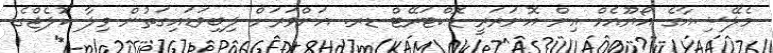
މެލޭޝިއާގެ އޯޔޫއެމް އިން އޮނަރަރީ ޑޮކްޓަރޭޓް ޑރ. އަންވަރަށް ލިބިވަޑައިގަތުން ވިލާ ކޮލެޖްގެ